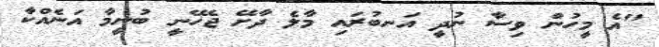
"އެ މީހުން ވިސާ ނުދީ އަނބުރައި މާލެ ދާށޭ ޖެހޭނީ ބުނީމާ އަނެއްކާ